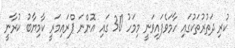
ކުރި ދަތުރުތަކުގައި ހާމަވެފައިވަނީ މިމަހު 30 ގައި އޮންނަ ޕްރައިމަރީ ކާމިޔާބު ކުރާނީ